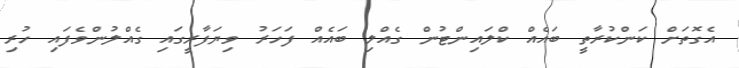
އެގޮތަށް ކަންކުރާތީ ބައެއް ކްލައިންޓުން ގެއްލި ބައެއް ފަހަރު ވިޔަފާރީގައި ގެއްލުންވެފައި ހުރި